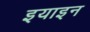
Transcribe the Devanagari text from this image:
इयाइन